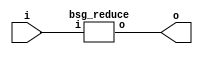


module top
(
  i,
  o
);

  input [127:0] i;
  output o;

  bsg_reduce
  wrapper
  (
    .i(i),
    .o(o)
  );


endmodule



module bsg_reduce
(
  i,
  o
);

  input [127:0] i;
  output o;
  wire o,N0,N1,N2,N3,N4,N5,N6,N7,N8,N9,N10,N11,N12,N13,N14,N15,N16,N17,N18,N19,N20,N21,
  N22,N23,N24,N25,N26,N27,N28,N29,N30,N31,N32,N33,N34,N35,N36,N37,N38,N39,N40,N41,
  N42,N43,N44,N45,N46,N47,N48,N49,N50,N51,N52,N53,N54,N55,N56,N57,N58,N59,N60,N61,
  N62,N63,N64,N65,N66,N67,N68,N69,N70,N71,N72,N73,N74,N75,N76,N77,N78,N79,N80,N81,
  N82,N83,N84,N85,N86,N87,N88,N89,N90,N91,N92,N93,N94,N95,N96,N97,N98,N99,N100,
  N101,N102,N103,N104,N105,N106,N107,N108,N109,N110,N111,N112,N113,N114,N115,N116,
  N117,N118,N119,N120,N121,N122,N123,N124,N125;
  assign o = N125 ^ i[0];
  assign N125 = N124 ^ i[1];
  assign N124 = N123 ^ i[2];
  assign N123 = N122 ^ i[3];
  assign N122 = N121 ^ i[4];
  assign N121 = N120 ^ i[5];
  assign N120 = N119 ^ i[6];
  assign N119 = N118 ^ i[7];
  assign N118 = N117 ^ i[8];
  assign N117 = N116 ^ i[9];
  assign N116 = N115 ^ i[10];
  assign N115 = N114 ^ i[11];
  assign N114 = N113 ^ i[12];
  assign N113 = N112 ^ i[13];
  assign N112 = N111 ^ i[14];
  assign N111 = N110 ^ i[15];
  assign N110 = N109 ^ i[16];
  assign N109 = N108 ^ i[17];
  assign N108 = N107 ^ i[18];
  assign N107 = N106 ^ i[19];
  assign N106 = N105 ^ i[20];
  assign N105 = N104 ^ i[21];
  assign N104 = N103 ^ i[22];
  assign N103 = N102 ^ i[23];
  assign N102 = N101 ^ i[24];
  assign N101 = N100 ^ i[25];
  assign N100 = N99 ^ i[26];
  assign N99 = N98 ^ i[27];
  assign N98 = N97 ^ i[28];
  assign N97 = N96 ^ i[29];
  assign N96 = N95 ^ i[30];
  assign N95 = N94 ^ i[31];
  assign N94 = N93 ^ i[32];
  assign N93 = N92 ^ i[33];
  assign N92 = N91 ^ i[34];
  assign N91 = N90 ^ i[35];
  assign N90 = N89 ^ i[36];
  assign N89 = N88 ^ i[37];
  assign N88 = N87 ^ i[38];
  assign N87 = N86 ^ i[39];
  assign N86 = N85 ^ i[40];
  assign N85 = N84 ^ i[41];
  assign N84 = N83 ^ i[42];
  assign N83 = N82 ^ i[43];
  assign N82 = N81 ^ i[44];
  assign N81 = N80 ^ i[45];
  assign N80 = N79 ^ i[46];
  assign N79 = N78 ^ i[47];
  assign N78 = N77 ^ i[48];
  assign N77 = N76 ^ i[49];
  assign N76 = N75 ^ i[50];
  assign N75 = N74 ^ i[51];
  assign N74 = N73 ^ i[52];
  assign N73 = N72 ^ i[53];
  assign N72 = N71 ^ i[54];
  assign N71 = N70 ^ i[55];
  assign N70 = N69 ^ i[56];
  assign N69 = N68 ^ i[57];
  assign N68 = N67 ^ i[58];
  assign N67 = N66 ^ i[59];
  assign N66 = N65 ^ i[60];
  assign N65 = N64 ^ i[61];
  assign N64 = N63 ^ i[62];
  assign N63 = N62 ^ i[63];
  assign N62 = N61 ^ i[64];
  assign N61 = N60 ^ i[65];
  assign N60 = N59 ^ i[66];
  assign N59 = N58 ^ i[67];
  assign N58 = N57 ^ i[68];
  assign N57 = N56 ^ i[69];
  assign N56 = N55 ^ i[70];
  assign N55 = N54 ^ i[71];
  assign N54 = N53 ^ i[72];
  assign N53 = N52 ^ i[73];
  assign N52 = N51 ^ i[74];
  assign N51 = N50 ^ i[75];
  assign N50 = N49 ^ i[76];
  assign N49 = N48 ^ i[77];
  assign N48 = N47 ^ i[78];
  assign N47 = N46 ^ i[79];
  assign N46 = N45 ^ i[80];
  assign N45 = N44 ^ i[81];
  assign N44 = N43 ^ i[82];
  assign N43 = N42 ^ i[83];
  assign N42 = N41 ^ i[84];
  assign N41 = N40 ^ i[85];
  assign N40 = N39 ^ i[86];
  assign N39 = N38 ^ i[87];
  assign N38 = N37 ^ i[88];
  assign N37 = N36 ^ i[89];
  assign N36 = N35 ^ i[90];
  assign N35 = N34 ^ i[91];
  assign N34 = N33 ^ i[92];
  assign N33 = N32 ^ i[93];
  assign N32 = N31 ^ i[94];
  assign N31 = N30 ^ i[95];
  assign N30 = N29 ^ i[96];
  assign N29 = N28 ^ i[97];
  assign N28 = N27 ^ i[98];
  assign N27 = N26 ^ i[99];
  assign N26 = N25 ^ i[100];
  assign N25 = N24 ^ i[101];
  assign N24 = N23 ^ i[102];
  assign N23 = N22 ^ i[103];
  assign N22 = N21 ^ i[104];
  assign N21 = N20 ^ i[105];
  assign N20 = N19 ^ i[106];
  assign N19 = N18 ^ i[107];
  assign N18 = N17 ^ i[108];
  assign N17 = N16 ^ i[109];
  assign N16 = N15 ^ i[110];
  assign N15 = N14 ^ i[111];
  assign N14 = N13 ^ i[112];
  assign N13 = N12 ^ i[113];
  assign N12 = N11 ^ i[114];
  assign N11 = N10 ^ i[115];
  assign N10 = N9 ^ i[116];
  assign N9 = N8 ^ i[117];
  assign N8 = N7 ^ i[118];
  assign N7 = N6 ^ i[119];
  assign N6 = N5 ^ i[120];
  assign N5 = N4 ^ i[121];
  assign N4 = N3 ^ i[122];
  assign N3 = N2 ^ i[123];
  assign N2 = N1 ^ i[124];
  assign N1 = N0 ^ i[125];
  assign N0 = i[127] ^ i[126];

endmodule